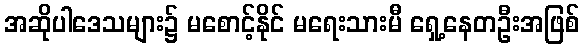
အဆိုပါဒေသများ၌ မစောင့်နိုင် မရေးသားမီ ရှေ့နေတဦးအဖြစ်